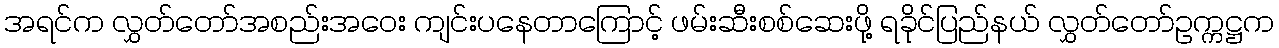
အရင်က လွှတ်တော်အစည်းအဝေး ကျင်းပနေတာကြောင့် ဖမ်းဆီးစစ်ဆေးဖို့ ရခိုင်ပြည်နယ် လွှတ်တော်ဥက္ကဋ္ဌက